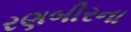
રણબીરના